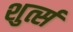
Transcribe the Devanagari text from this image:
शुर्त्स